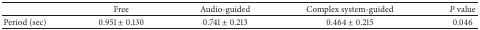
<table><thead><tr><td><b> </b></td><td><b>Free</b></td><td><b>Audio-guided</b></td><td><b>Complex system-guided</b></td><td><b><i>P</i> value</b></td></tr></thead><tbody><tr><td>Period (sec)</td><td>0.951 ± 0.130</td><td>0.741 ± 0.213</td><td>0.464 ± 0.215</td><td>0.046</td></tr></tbody></table>